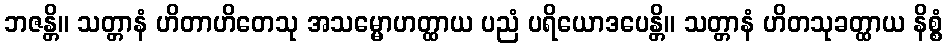
ဘဇန္တိ။ သတ္တာနံ ဟိတာဟိတေသု အသမ္မောဟတ္ထာယ ပညံ ပရိယောဒပေန္တိ။ သတ္တာနံ ဟိတသုခတ္ထာယ နိစ္စံ